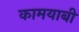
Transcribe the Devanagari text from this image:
कामयाबी